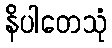
နိပါတေသုံ